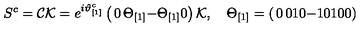
S ^ { c } = { \cal C } { \cal K } = e ^ { i \vartheta _ { [ 1 ] } ^ { c } } \left( \begin{matrix} { 0 } & { \Theta _ { [ 1 ] } } \\ { - \Theta _ { [ 1 ] } } & { 0 } \\ \end{matrix} \right) { \cal K } , \quad \Theta _ { [ 1 ] } = \left( \begin{matrix} { 0 } & { 0 } & { 1 } \\ { 0 } & { - 1 } & { 0 } \\ { 1 } & { 0 } & { 0 } \\ \end{matrix} \right)